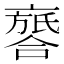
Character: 𠆖